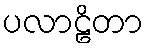
ပလာဠိတာ